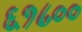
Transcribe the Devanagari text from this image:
६१८००